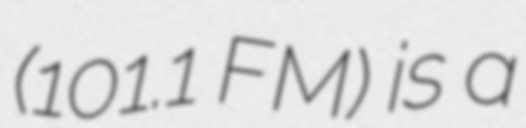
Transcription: (101.1 FM) is a